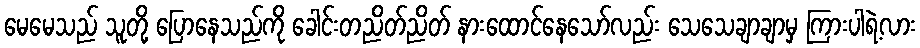
မေမေသည် သူတို့ ပြောနေသည်ကို ခေါင်းတညိတ်ညိတ် နားထောင်နေသော်လည်း သေသေချာချာမှ ကြားပါရဲ့လား